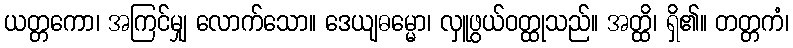
ယတ္တကော၊ အကြင်မျှ လောက်သော။ ဒေယျဓမ္မော၊ လှူဖွယ်ဝတ္ထုသည်။ အတ္ထိ၊ ရှိ၏။ တတ္တကံ၊